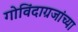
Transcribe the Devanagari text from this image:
गोविंदाग्रजांच्या